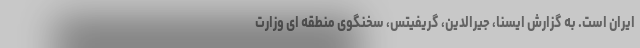
ایران است. به گزارش ایسنا، جیرالدین، گریفیتس، سخنگوی منطقه ای وزارت